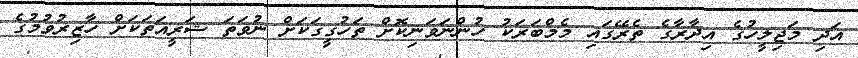
އަދި މަޖިލީހުގެ އިދާރާގެ ތެރޭގައި މެމްބަރަކު ހުންނަވަނިކޮށް ތަހުގީގަކަށް ނުވަތަ ޝަރީއަތަކަށް ހާޒިރުވުމުގެ